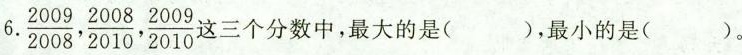
6. \frac{2009}{2008}, \frac{2008}{2010}, \frac{2009}{2010} 三个分数中，最大的是( )，最小的是( )。